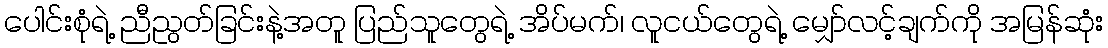
ပေါင်းစုံရဲ့ ညီညွတ်ခြင်းနဲ့အတူ ပြည်သူတွေရဲ့ အိပ်မက်၊ လူငယ်တွေရဲ့ မျှော်လင့်ချက်ကို အမြန်ဆုံး